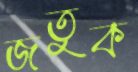
জতুক